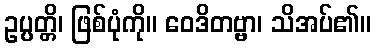
ဥပ္ပတ္တိ၊ ဖြစ်ပုံကို။ ဝေဒိတဗ္ဗာ၊ သိအပ်၏။